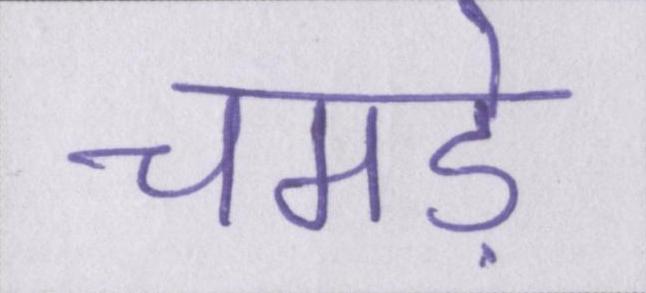
चमड़े